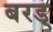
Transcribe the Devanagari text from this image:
बरड्